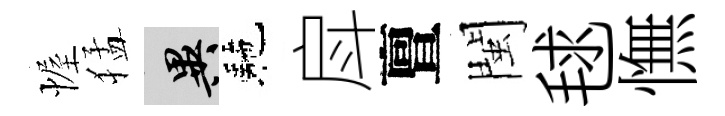
幄猛异駰戽亶閩毬憮